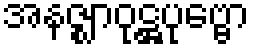
အနဇ္ဈာဝုဋ္ဌပုဗ္ဗော